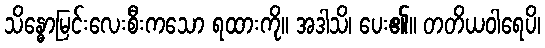
သိန္ဓောမြင်းလေးစီးကသော ရထားကို။ အဒါသိ၊ ပေး၏။ တတိယဝါရေပိ၊